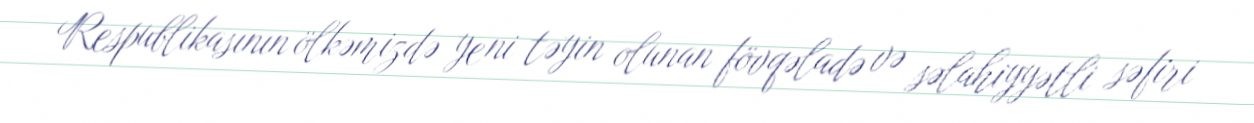
Respublikasının ölkəmizdə yeni təyin olunan fövqəladə və səlahiyyətli səfiri